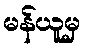
မန်ယူမှ